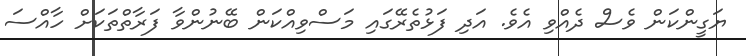
ޔަގީންކަން ވެސް ދެއްވި އެވެ. އަދި ފަޅުތެރޭގައި މަސްވިއްކަން ބޭނުންވާ ފަރާތްތަކަށް ހާއްސަ